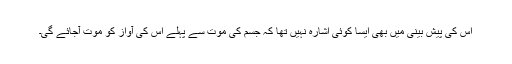
اس کی پیش بینی میں بھی ایسا کوئی اشارہ نہیں تھا کہ جسم کی موت سے پہلے اس کی آواز کو موت آجائے گی۔